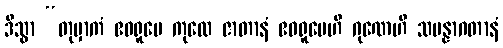
ဒိသွာ “တုမှာကံ ဧဝရူပေ ကုလေ ဇာတာနံ ဧဝရူပေဟိ ဂုဏေဟိ သမန္နာဂတာနံ